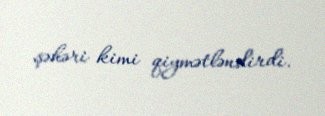
şəhəri kimi qiymətləndirdi.